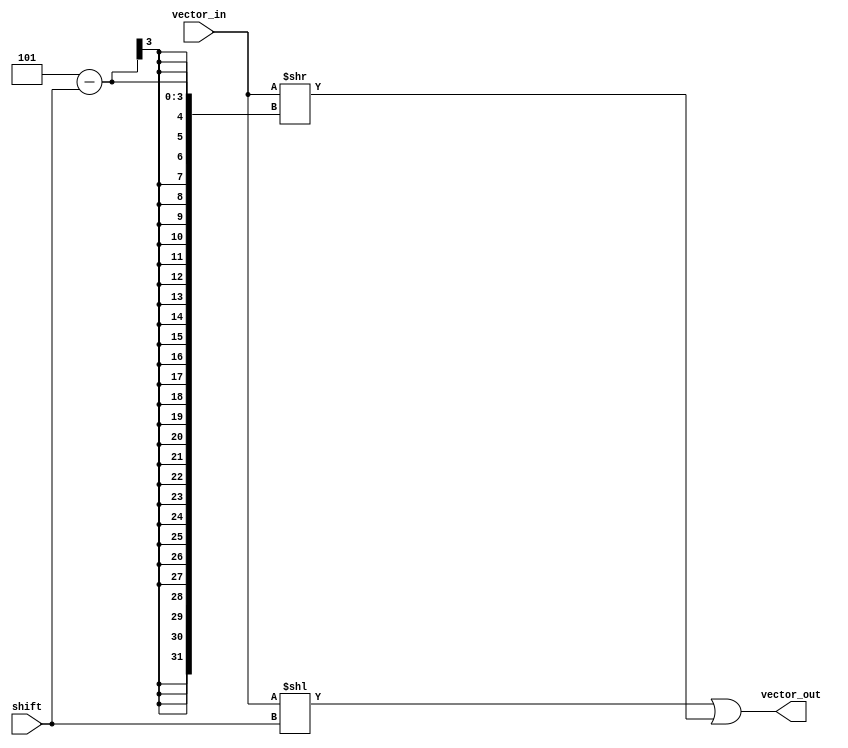
///////////////////////////////////////////////////////////////////////////////
// DataNoC
// 
// Copyright (c) 2021 PEAK UPV
// Parallel Architectures Group (GAP)
// Department of Computing Engineering (DISCA)
// Universitat Politecnica de Valencia (UPV)
// Valencia, Spain
// 
// Permission is hereby granted, free of charge, to any person obtaining a copy
// of this software and associated documentation files (the "Software"), to deal
// in the Software without restriction, including without limitation the rights
// to use, copy, modify, merge, publish, distribute, sublicense, and/or sell
// copies of the Software, and to permit persons to whom the Software is
// furnished to do so, subject to the following conditions:
// 
// The above copyright notice and this permission notice shall be included in all
// copies or substantial portions of the Software.
// 
// THE SOFTWARE IS PROVIDED "AS IS", WITHOUT WARRANTY OF ANY KIND, EXPRESS OR
// IMPLIED, INCLUDING BUT NOT LIMITED TO THE WARRANTIES OF MERCHANTABILITY,
// FITNESS FOR A PARTICULAR PURPOSE AND NONINFRINGEMENT. IN NO EVENT SHALL THE
// AUTHORS OR COPYRIGHT HOLDERS BE LIABLE FOR ANY CLAIM, DAMAGES OR OTHER
// LIABILITY, WHETHER IN AN ACTION OF CONTRACT, TORT OR OTHERWISE, ARISING FROM,
// OUT OF OR IN CONNECTION WITH THE SOFTWARE OR THE USE OR OTHER DEALINGS IN THE
// SOFTWARE.
// 
//-----------------------------------------------------------------------------
//
// Company: GAP (UPV)  
// Contact: J.Flich (jflich@disca.upv.es)
// Create Date: 
// Module Name: round-robin parametric arbiter
// Project Name: DataNoC
// Target Devices: 
// Description: 
//
//
//
// Dependencies: 
// 
// Revision:
// Revision 0.01 - File Created
// Additional Comments:
//
//////////////////////////////////////////////////////////////////////////////

`timescale 1ns / 1ps

module ROT_LEFT_X_IN #(
parameter IO_SIZE            = 5,
parameter IO_w               = 3

)(
    input [IO_SIZE-1:0] vector_in,
    input [IO_w-1:0] shift,
    output [IO_SIZE-1:0] vector_out
    );
    
        assign vector_out = (vector_in << shift) | (vector_in >> (IO_SIZE-shift));
        
endmodule